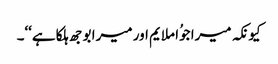
کیونکہ میرا جوُا ملایم اور میرا بوجھ ہلکا ہے‘‘۔